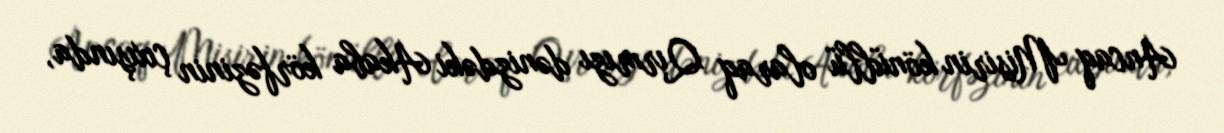
Ancaq Misirin könüllü olaraq Qırmızı dənizdəki Akaba körfəzinin çıxışında,